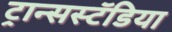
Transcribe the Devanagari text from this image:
ट्रान्सस्टॅडिया